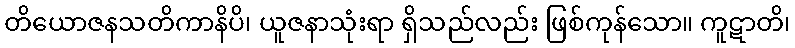
တိယောဇနသတိကာနိပိ၊ ယူဇနာသုံးရာ ရှိသည်လည်း ဖြစ်ကုန်သော။ ကူဋာတိ၊